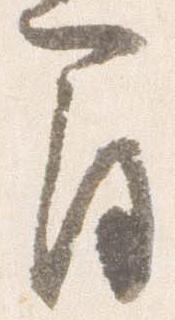
間